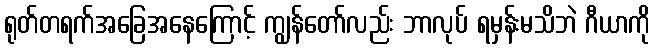
ရုတ်တရက်အခြေအနေကြောင့် ကျွန်တော်လည်း ဘာလုပ် ရမှန်းမသိဘဲ ဂီယာကို